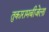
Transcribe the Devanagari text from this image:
तुकारामबीजेला